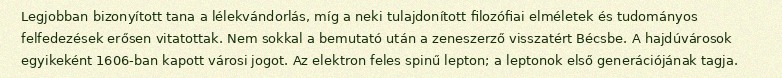
Legjobban bizonyított tana a lélekvándorlás, míg a neki tulajdonított filozófiai elméletek és tudományos felfedezések erősen vitatottak. Nem sokkal a bemutató után a zeneszerző visszatért Bécsbe. A hajdúvárosok egyikeként 1606-ban kapott városi jogot. Az elektron feles spinű lepton; a leptonok első generációjának tagja.